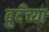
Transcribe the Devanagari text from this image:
बुदँच्या